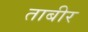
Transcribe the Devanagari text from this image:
ताबीर